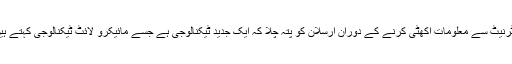
انٹرنیٹ سے معلومات اکھٹی کرنے کے دوران ارسلان کو پتہ چلا کہ ایک جدید ٹیکنالوجی ہے جسے مائیکرو لائٹ ٹیکنالوجی کہتے ہیں۔